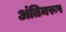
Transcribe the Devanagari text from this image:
अंतिमरूप